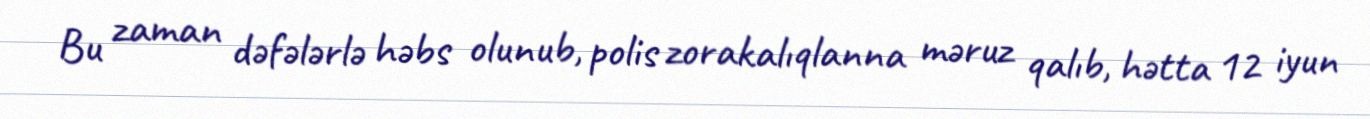
Bu zaman dəfələrlə həbs olunub, polis zorakalıqlanna məruz qalıb, hətta 12 iyun